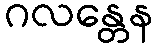
ဂလန္တေန